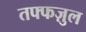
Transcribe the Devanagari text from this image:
तफ्फज़ुल